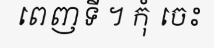
ពេញទី ។ កុំ ចេះ